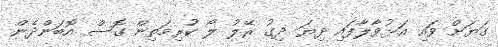
ގަޔަށް ވައި އަޅުވާލާފައި ދިޔަ ދިގު ރޭލު ލޯ ކުރިމަތިން ގޮސް އޮބަންދެން